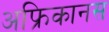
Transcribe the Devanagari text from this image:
अफ्रिकानस